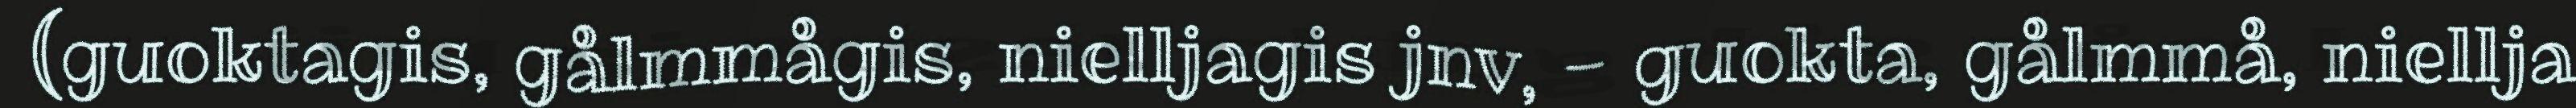
(guoktagis, gålmmågis, nielljagis jnv, - guokta, gålmmå, niellja